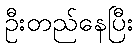
ဦးတည်နေပြီး